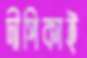
দীপিকাই